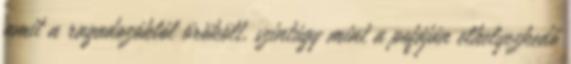
amit a ragadozóktól örökölt, szintúgy mint a pofáján elhelyezkedő